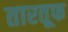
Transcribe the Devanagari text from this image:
तारतूफ